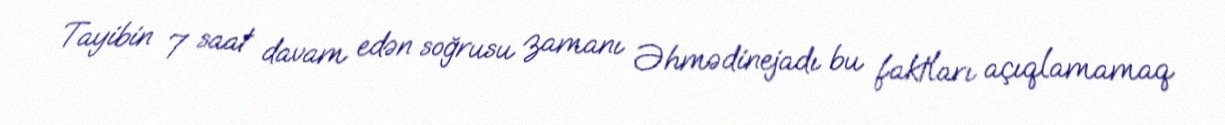
Tayibin 7 saat davam edən soğrusu zamanı Əhmədinejadı bu faktları açıqlamamaq